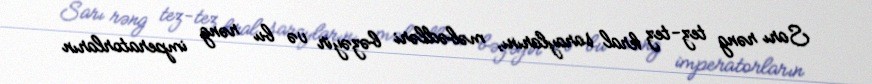
Sarı rəng tez-tez kral saraylarını, məbədləri bəzəyir və bu rəng imperatorların